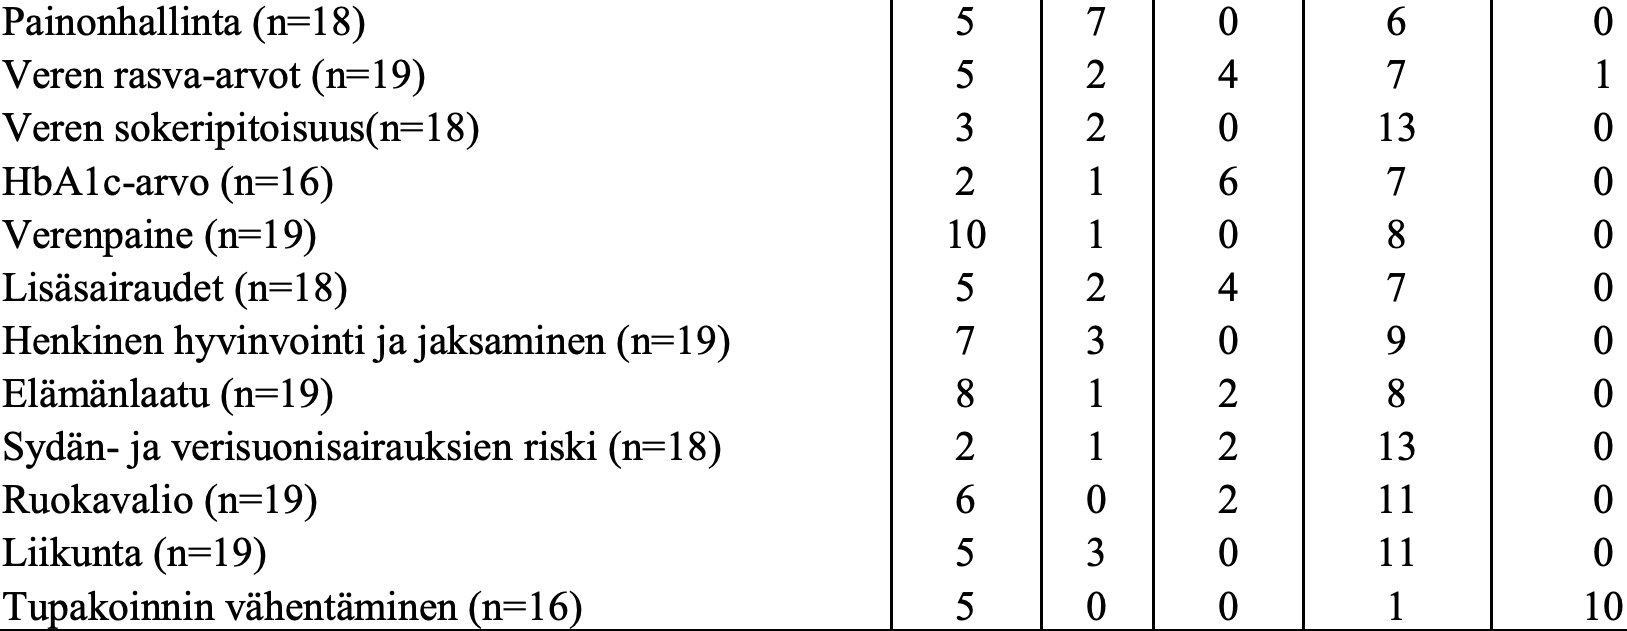
Painonhallinta (n=18)           5   7   0     6      0 Veren rasva-arvot (n=19)        5   2   4     7      1 Veren sokeripitoisuus(n=18)     3   2   0     13     0 HbA1c-arvo (n=16)               2   1   6     7      0 Verenpaine (n=19)              10   1   0     8      0 Lisäsairaudet (n=18)            5   2   4     7      0 Henkinen hyvinvointi ja jaksaminen (n=19) 7 3 0 9    0 Elämänlaatu (n=19)              8   1   2     8      0 Sydän- ja verisuonisairauksien riski (n=18) 2 1 2 13 0 Ruokavalio (n=19)               6   0   2     11     0 Liikunta (n=19)                 5   3   0     11     0 Tupakoinnin vähentäminen (n=16) 5   0   0     1     10